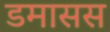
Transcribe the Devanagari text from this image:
डमासस